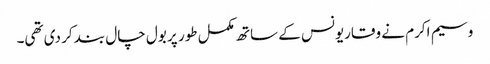
وسیم اکرم نے وقاریونس کے ساتھ مکمل طور پر بول چال بند کر دی تھی۔